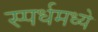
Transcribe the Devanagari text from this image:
स्पर्धमध्ये